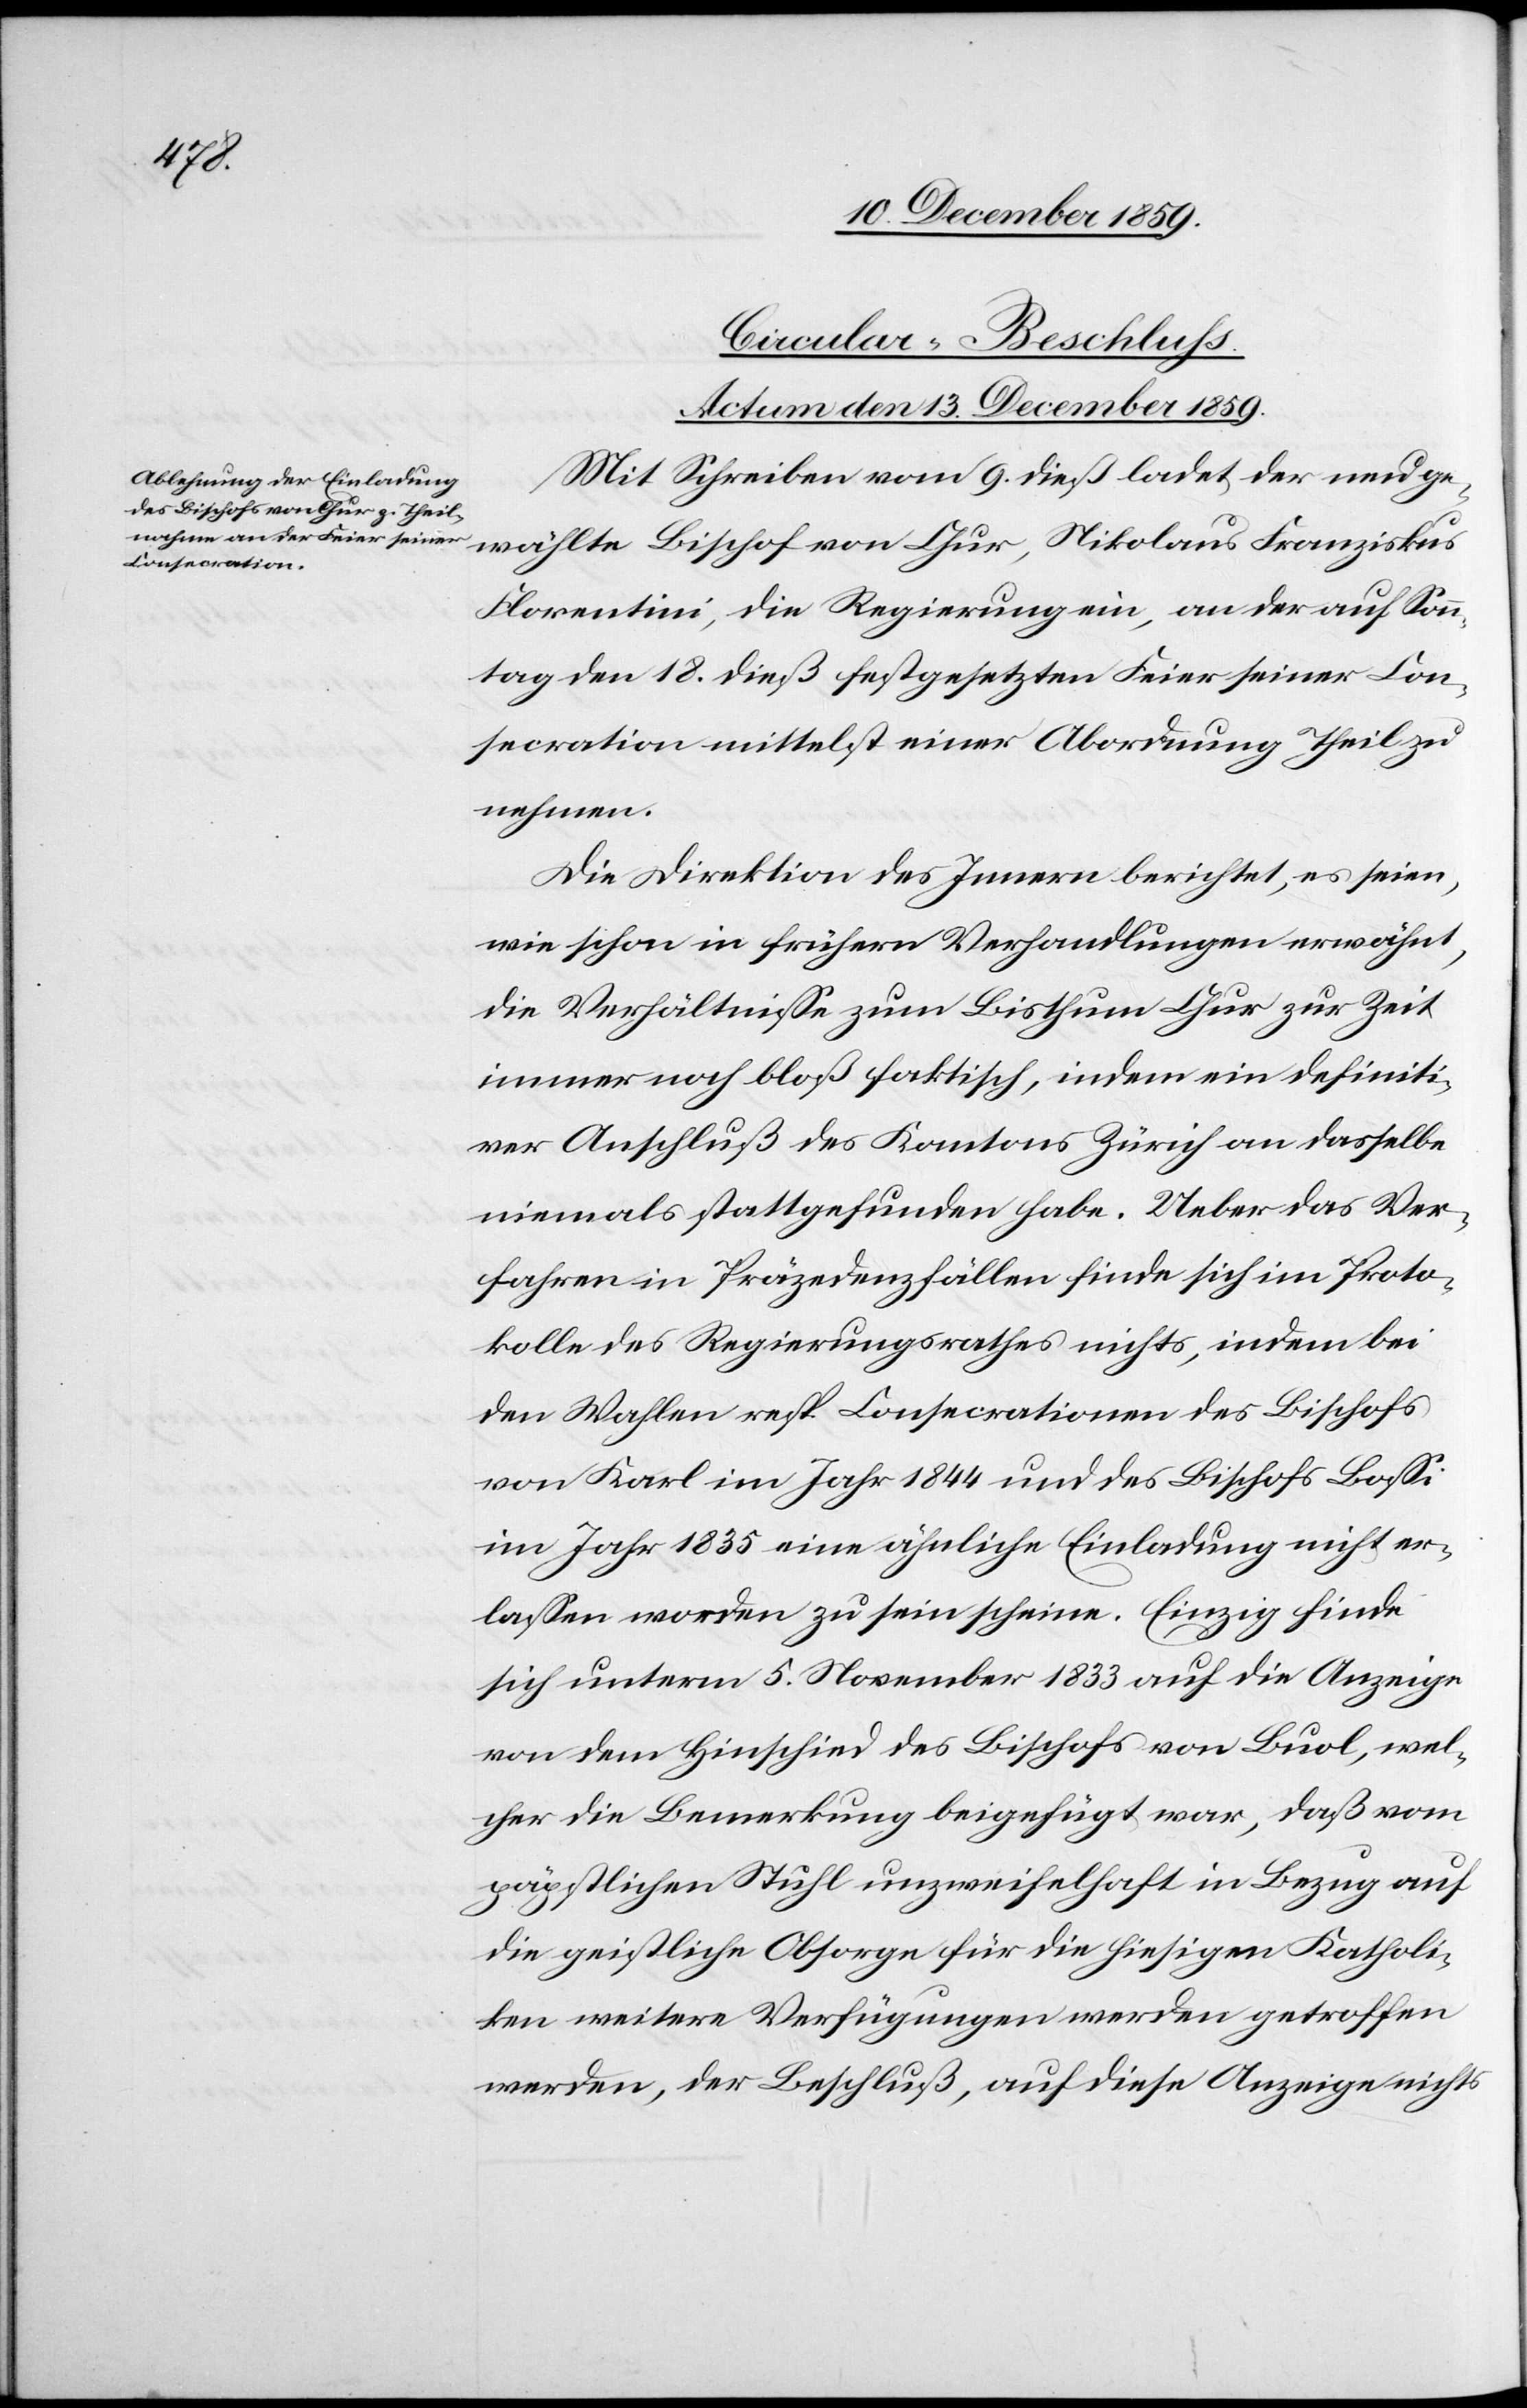
Circular-Beschluss.
Actum den 13. December 1859.
Mit Schreiben vom 9. dieß ladet der neu ge¬
wählte Bischof von Chur, Nikolaus Franziskus
Florentini, die Regierung ein, an der auf Sonn¬
tag den 18. dieß festgesetzten Feier seiner Con¬
secration mittelst einer Abordnung Theil zu
nehmen.
Die Direktion des Innern berichtet, es seien,
wie schon in frühern Verhandlungen erwähnt,
die Verhältnisse zum Bisthum Chur zur Zeit
immer noch bloß faktisch, indem ein definiti¬
ver Anschluß des Kantons Zürich an dasselbe
niemals stattgefunden habe. Ueber das Ver¬
fahren in Präzedenzfällen finde sich im Proto¬
kolle des Regierungsrathes nichts, indem bei
den Wahlen resp. Consecrationen des Bischofs
von Karl im Jahr 1844 und des Bischofs Bossi
im Jahr 1835 eine ähnliche Einladung nicht er¬
lassen worden zu sein scheine. Einzig finde
sich unterm 5. November 1833 auf die Anzeige
von dem Hinschied des Bischofs von Buol, wel¬
cher die Bemerkung beigefügt war, daß vom
päpstlichen Stuhl unzweifelhaft in Bezug auf
die geistliche Obsorge für die hiesigen Katholi¬
ken weitere Verfügungen werden getroffen
werden, der Beschluß, auf diese Anzeige nichts